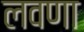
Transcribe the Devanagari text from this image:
लवणा